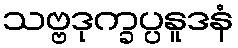
သဗ္ဗဒုက္ခပ္ပနူဒနံ